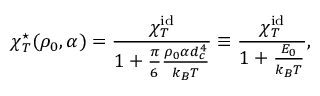
\chi _ { T } ^ { \star } ( \rho _ { 0 } , \alpha ) = \frac { \chi _ { T } ^ { \mathrm { i d } } } { 1 + \frac { \pi } { 6 } \frac { \rho _ { 0 } \alpha d _ { c } ^ { 4 } } { k _ { B } T } } \equiv \frac { \chi _ { T } ^ { \mathrm { i d } } } { 1 + \frac { E _ { 0 } } { k _ { B } T } } ,